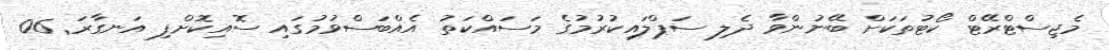
މެޖިސްޓްރޭޓް ކޯޓުތަކަށް ބޭނުންވާ ދެލި ސަޕްލައިކުރުމުގެ މަސައްކަތު އެއްބަސްވުމުގައި ސޮއިކޮށްފި އަނގާރަ